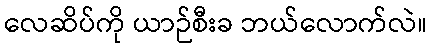
လေဆိပ်ကို ယာဉ်စီးခ ဘယ်လောက်လဲ။